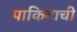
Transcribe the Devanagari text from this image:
पाकिटाची